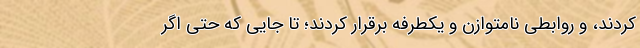
کردند، و روابطی نامتوازن و یکطرفه برقرار کردند؛ تا جایی که حتی اگر